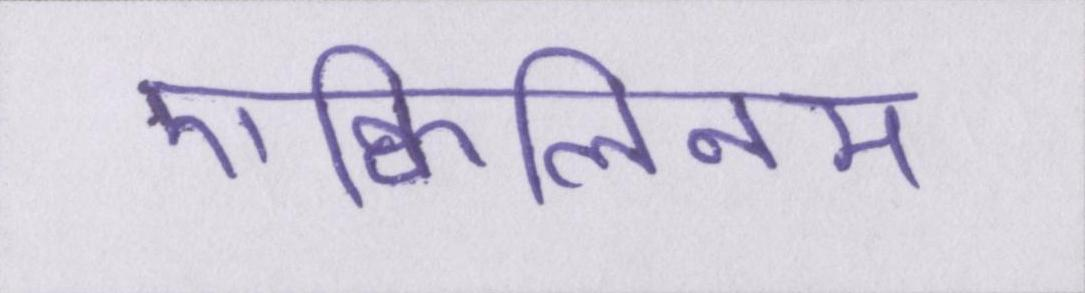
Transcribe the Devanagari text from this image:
एक्विलिनम